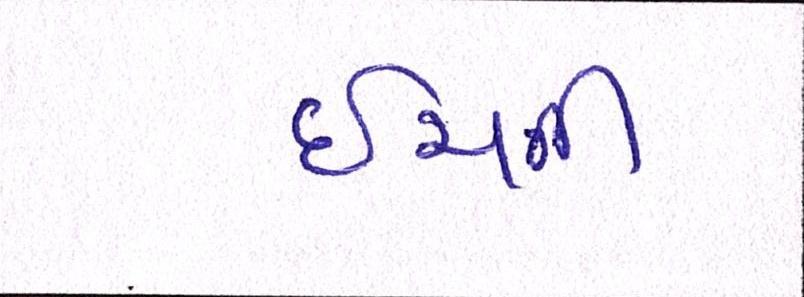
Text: ઇંચની